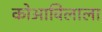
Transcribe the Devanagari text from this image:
कोआविलाला